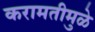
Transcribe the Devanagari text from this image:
करामतीमुळे